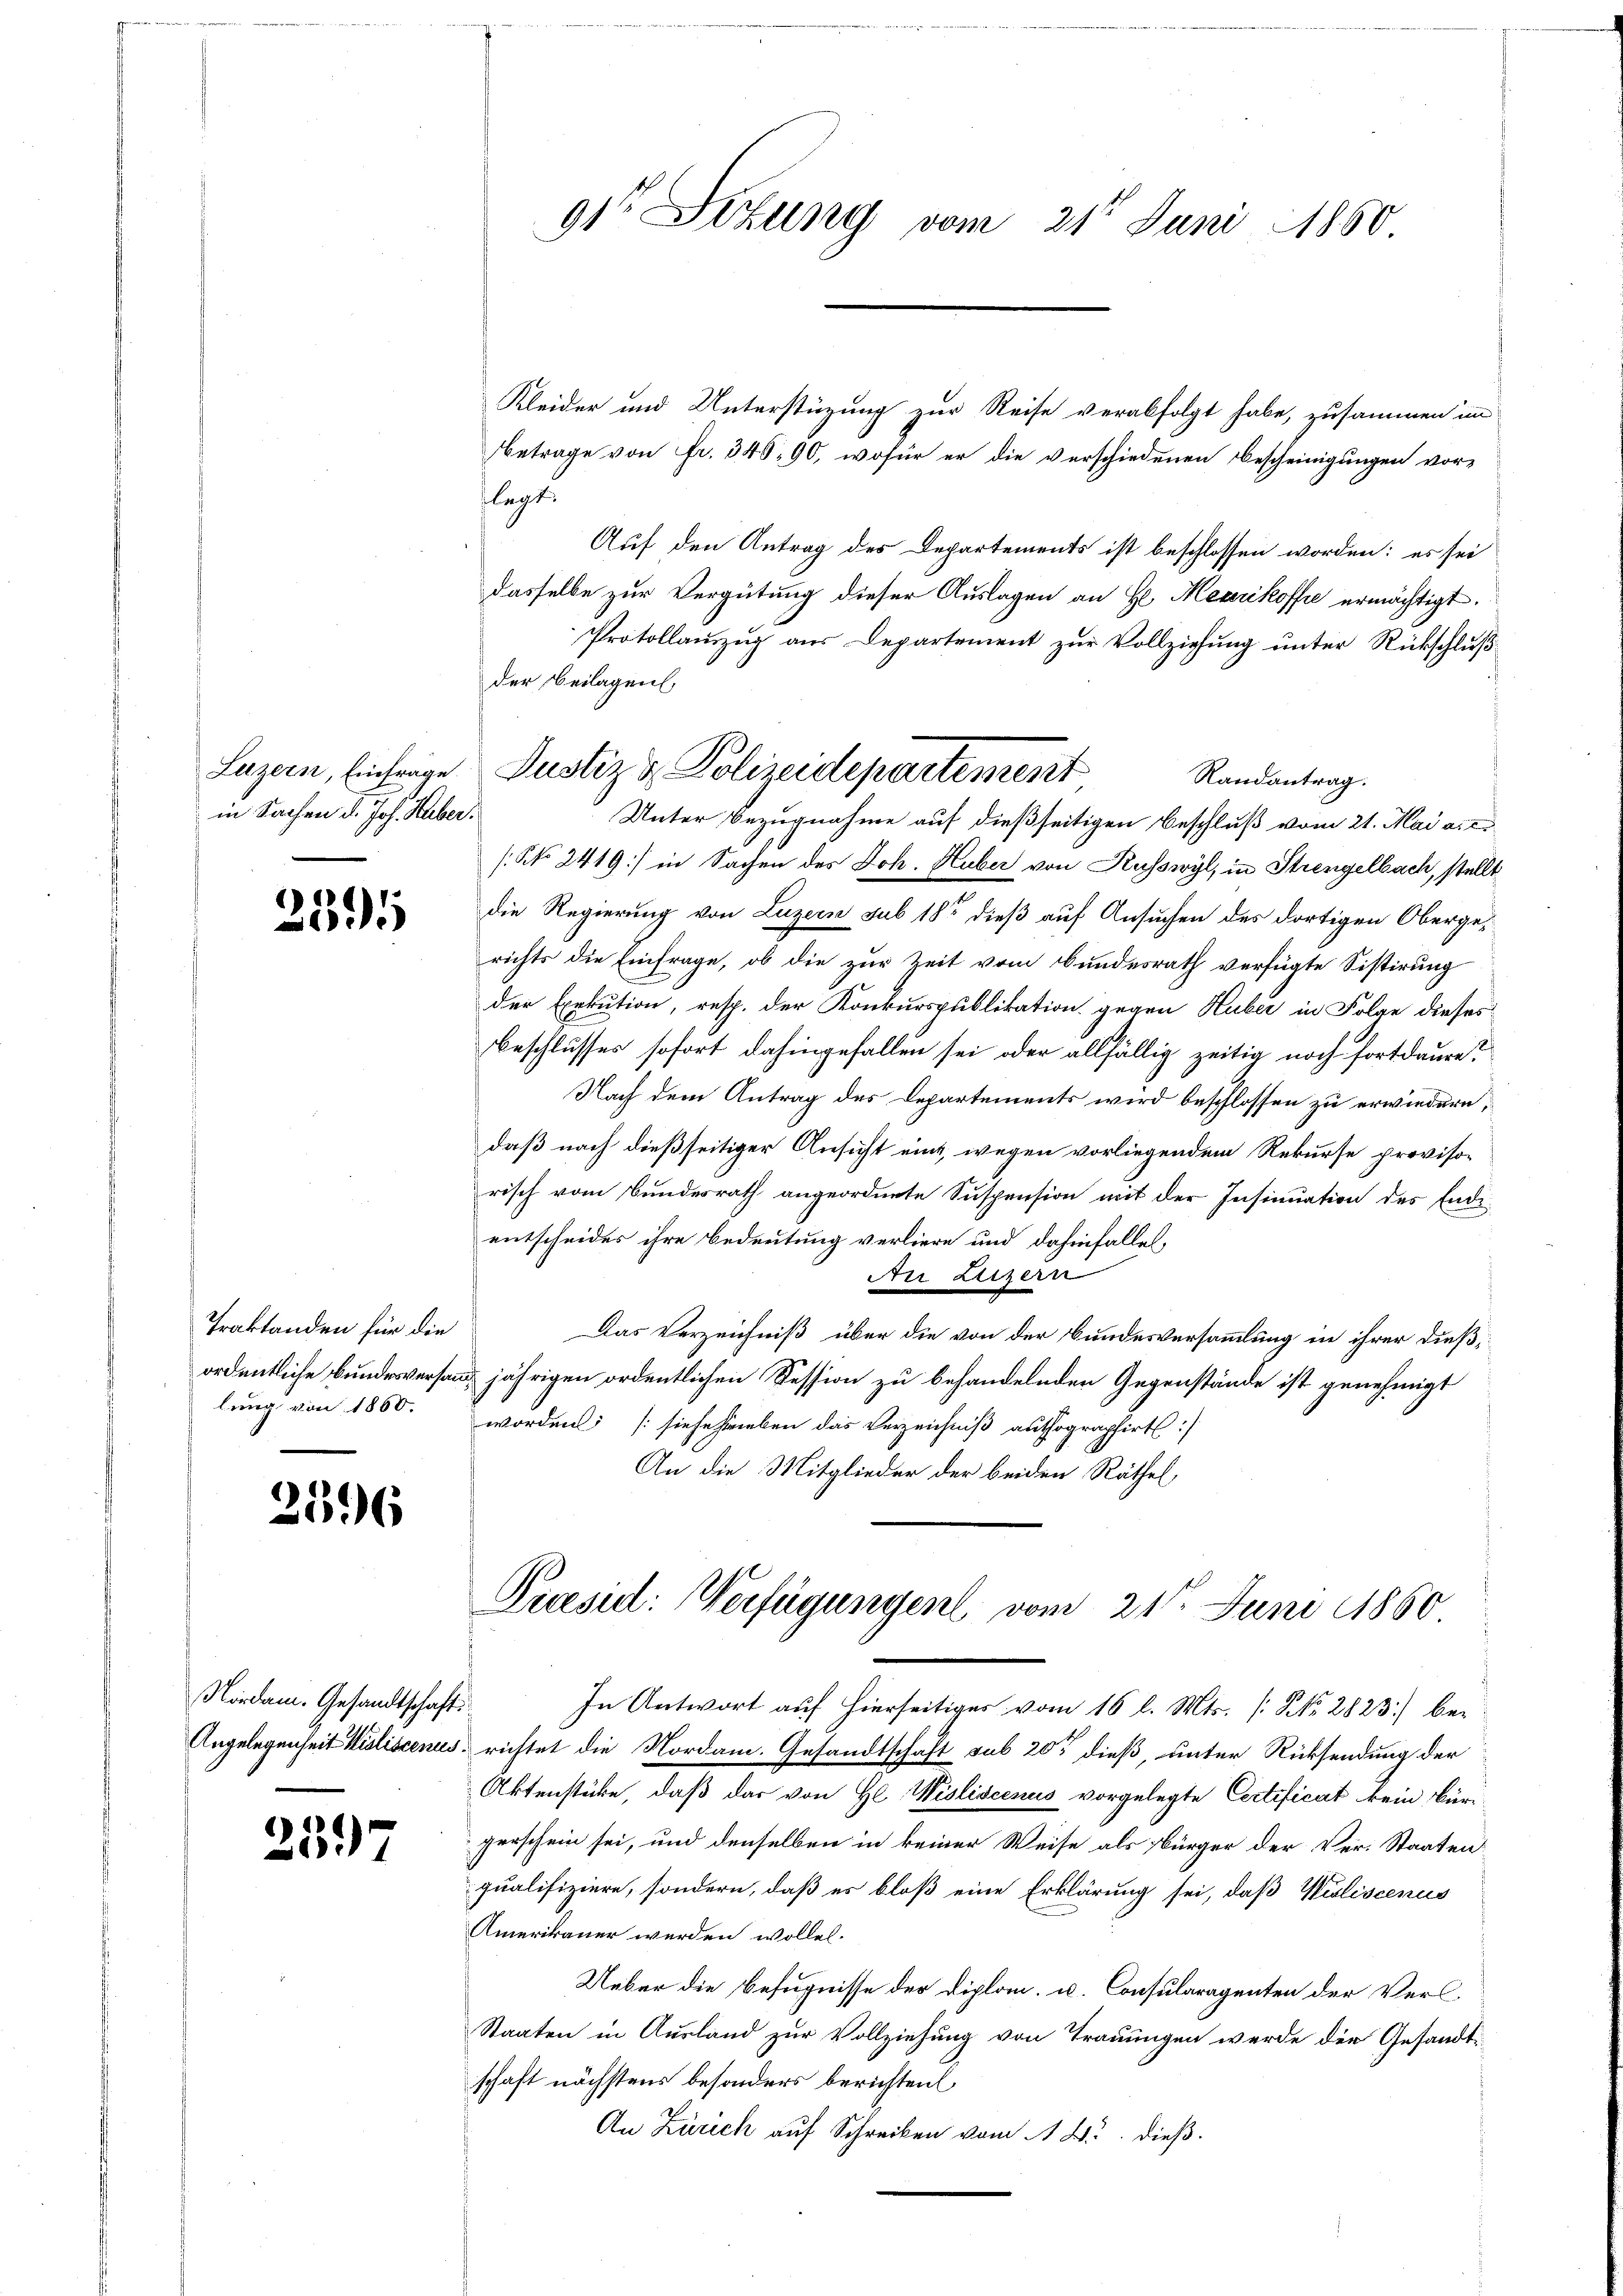
in Sachen d. Jos. Huber.

239

Traktanden für die
lung von 1860.

2596

Nordam. Gesandtschaft
Angelegenheit Kiliscenus

2597

b

91 Sizung vom 21t Juni 1850

Kleider und Unterstüzung zur Reise verabfolgt habe, zusammen im
Betrage von fr. 348. 90, wofür er die verschiedenen Bescheinigungen vor-
legt.
Auf den Antrag des Departements ist beschlossen worden: es sei
dasselbe zur Vergütung dieser Auslagen an H. Meurikoffe ermächtigt.
Protollauszug aus Departement zur Vollziehung unter Rückschluß
der Beilagen,
Randantrag.
Unter Bezugnahme auf dießseitigen Beschluß vom 21. Mai a.c.
[No 2419) in Sachen des Joh. Huber von Kusswyl, in Strengelbach, stellt
die Regierung von Luzern sub 18 dieß auf Ansuchen des dortigen Obergerichts die Einfrage, ob die zur Zeit vom Bundesrath verfügte Sistirung
der Exekution, resp. der Konkurspublikation gegen Huber in Folge dieses
Beschlusses sofort dahingefallen sei oder allfällig zeitig noch fortdaure?
Nach dem Antrag des Departements wird beschlossen zu erwiedern,
daß nach dießseitiger Ansicht eint, wegen vorliegendem Rekurse provisorisch vom Bundesrath angeordnete Suspension mit der Insinuation des Endientscheides ihre Bedeutung verliere und dahinfallet,
Nei Letzern
Das Verzeichniß über die von der Bundesversammlung in ihrer dießordentliche Bundesversand jährigen ordentlichen Session zu behandelnden Gegenstände ist genehmigt
worden [sieschrieben das Verzeichniß authographirt:/
An die Mitglieder der beiden Räthel,
Praesid: Verfügungen vom 21. Juni 1860

Luzern, Einfrage Justiz & Polizeidepartement

In Antwort auf hierseitiges vom 16 l. Mts. [NNo. 2823) berichtet die Nordam. Gesandtschaft sub 20t dieß, unter Rücksendung der
Aktenstücke, daß das von Hl Wisliscenus vorgelegte Certificat kein Bürgerschein sei, und denselben in keiner Weise als Bürger der Ver-Staaten
qualifiziere, sondern, daß es bloß eine Erklärung sei, daß Wisliscenus
Amerikaner werden wollen.
Ueber die Befugnisse der Diplom u. Consularagenten der Verl¬
Staaten in Ausland zur Vollziehung von Trauungen werde die Gesandtschaft nächstens besonders berichten
An Zürich auf Schreiben vom A. B. dieß¬